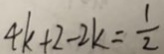
4 k + 2 - 2 k = \frac { 1 } { 2 }